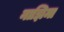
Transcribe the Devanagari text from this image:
नाझिमा